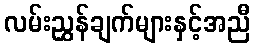
လမ်းညွှန်ချက်များနှင့်အညီ